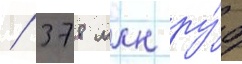
/ 378 млн ру́б